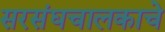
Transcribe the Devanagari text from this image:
सरसंघचालकाचे